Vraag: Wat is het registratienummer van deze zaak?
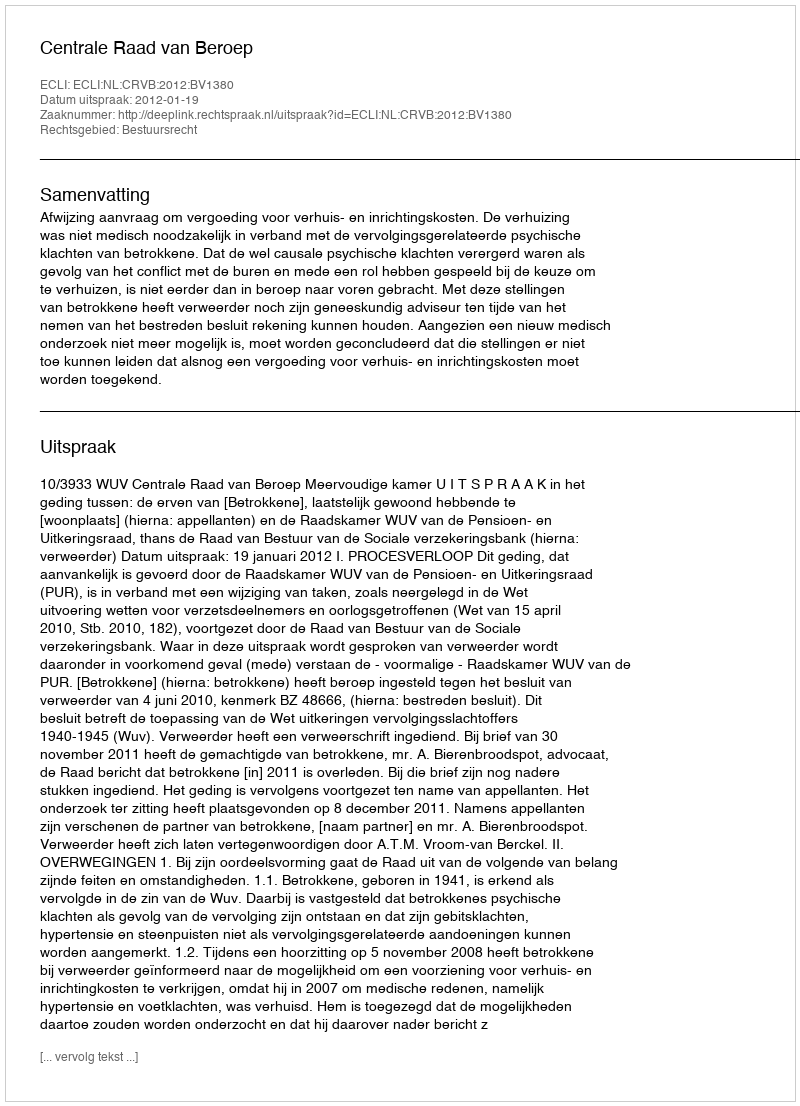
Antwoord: http://deeplink.rechtspraak.nl/uitspraak?id=ECLI:NL:CRVB:2012:BV1380